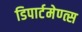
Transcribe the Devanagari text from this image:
डिपार्टमेण्त्स